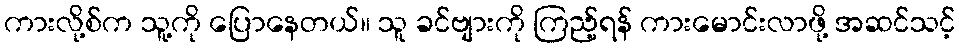
ကားလို့စ်က သူ့ကို ပြောနေတယ်။ သူ ခင်ဗျားကို ကြည့်ရန် ကားမောင်းလာဖို့ အဆင်သင့်